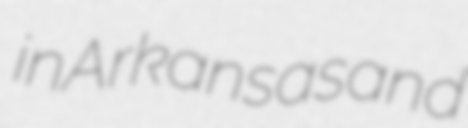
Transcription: in Arkansas and